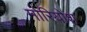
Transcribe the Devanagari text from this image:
मोरियोश